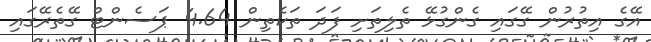
އޭގެ އިތުރުން ގޭގައި ގެންގުޅޭ ތެލިތަށި ފަދަ ތަކެތިން 4.64 ޕަސެންޓް ގޭތެރޭގައި